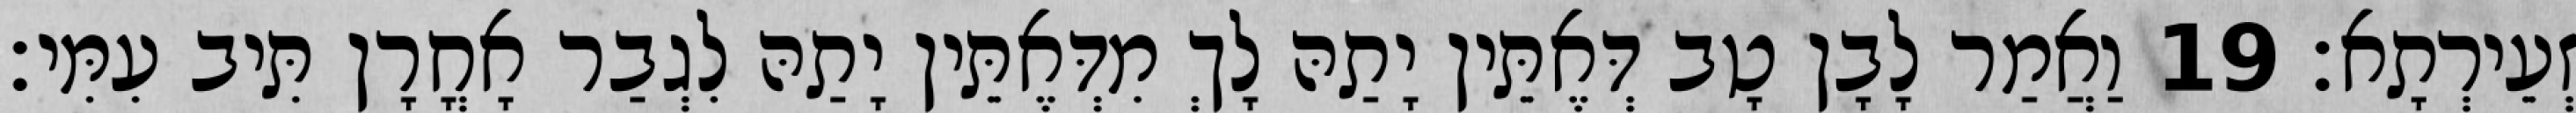
זְעֵירְתָא׃ 19 וַאֲמַר לָבָן טָב דְּאֶתֵּין יָתַהּ לָךְ מִדְּאֶתֵּין יָתַהּ לִגְבַר אָחֳרָן תִּיב עִמִּי׃